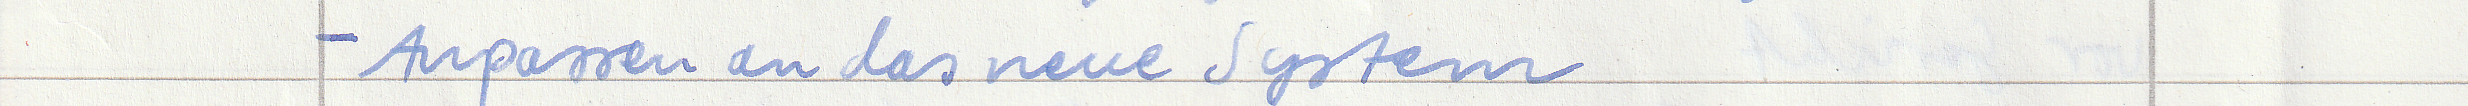
- Anpassen an das neue System